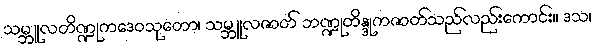
သမ္ဘူလတိဏ္ဍုကဒေဝသုတော၊ သမ္ဘူလဇာတ် ဘဏ္ဍုတိန္ဒုကဇာတ်သည်လည်းကောင်း။ ဒသ၊